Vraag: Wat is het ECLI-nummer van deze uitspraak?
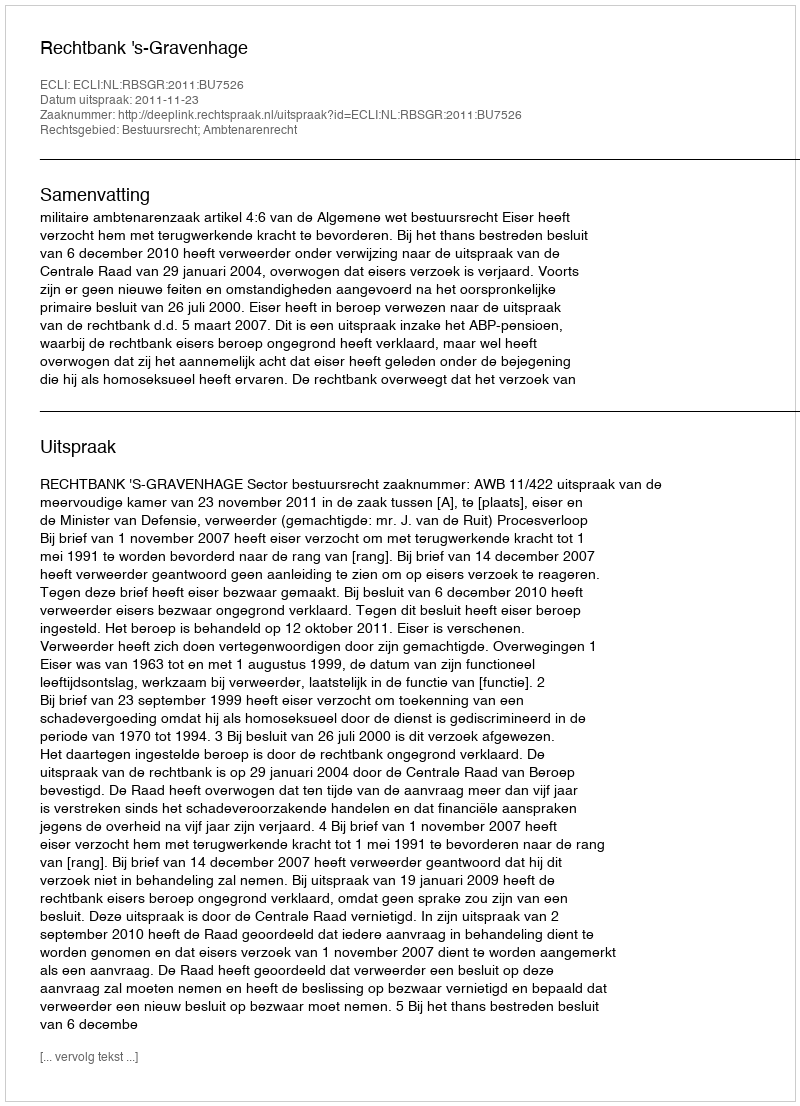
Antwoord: ECLI:NL:RBSGR:2011:BU7526